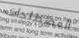
المصطلحات